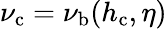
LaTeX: \nu_{\mathrm{c}}=\nu_{\mathrm{b}}(h_{\mathrm{c}},\eta)